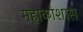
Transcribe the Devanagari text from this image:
महाकोशास